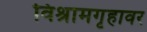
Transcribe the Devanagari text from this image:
विश्रामगृहावर